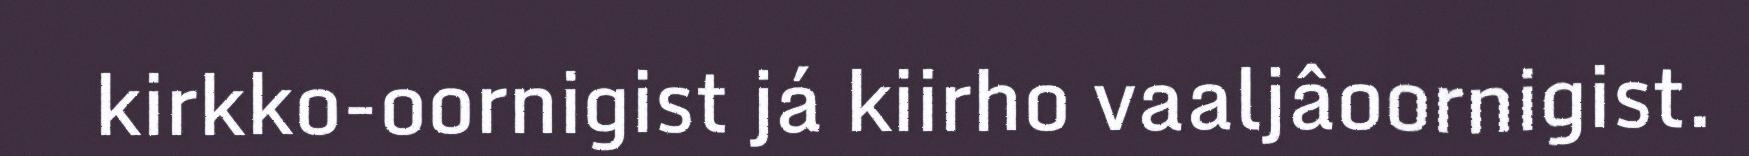
kirkko-oornigist já kiirho vaaljâoornigist.